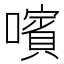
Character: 𡁟